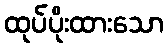
ထုပ်ပိုးထားသော